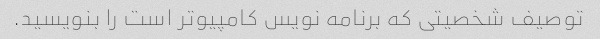
توصیف شخصیتی که برنامه نویس کامپیوتر است را بنویسید.